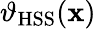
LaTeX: \vartheta_{\mathrm{HSS}}(\mathbf{x})